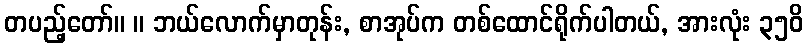
တပည့်တော်။ ။ ဘယ်လောက်မှာတုန်း, စာအုပ်က တစ်ထောင်ရိုက်ပါတယ်, အားလုံး ၃၅၀ိ